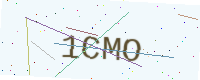
Text: 1CMO